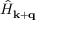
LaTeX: { \hat { H } } _ { \mathbf { k } + \mathbf { q } }